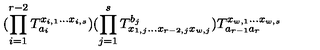
( \prod _ { i = 1 } ^ { r - 2 } T _ { a _ { i } } ^ { x _ { i , 1 } \ldots x _ { i , s } } ) ( \prod _ { j = 1 } ^ { s } T _ { x _ { 1 , j } \ldots x _ { r - 2 , j } x _ { w , j } } ^ { b _ { j } } ) T _ { a _ { r - 1 } a _ { r } } ^ { x _ { w , 1 } \ldots x _ { w , s } }